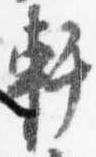
軒